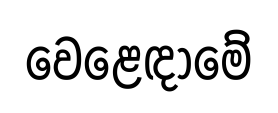
වෙළෙඳාමේ